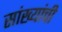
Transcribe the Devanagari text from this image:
सांख्यांची